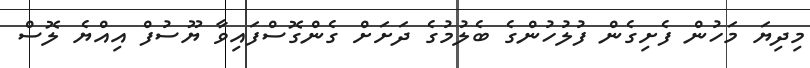
މިދިޔަ މަހުން ފެށިގެން ފުލުހުންގެ ބެލުމުގެ ދަށަށް ގެންގޮސްފައިވާ ޔޫސުފް އިއްޔެ ލޮސް